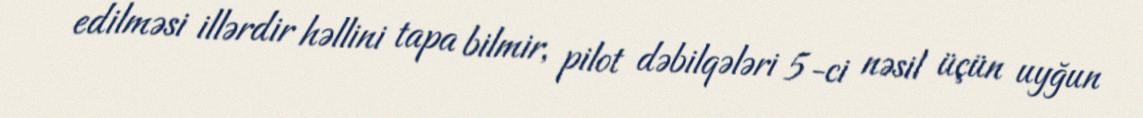
edilməsi illərdir həllini tapa bilmir, pilot dəbilqələri 5-ci nəsil üçün uyğun